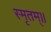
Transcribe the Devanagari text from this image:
स्मृतम्॥